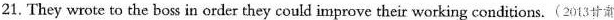
21. They wrote to the boss in order they could improve their working conditions.(2013甘肃